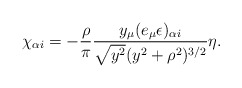
\begin{align*}\chi_{\alpha i} = -\frac{\rho}{\pi}\frac{y_{\mu}(e_{\mu}\epsilon)_{\alpha i}}{\sqrt{y^2}(y^2+\rho^2)^{3/2}} \eta.\end{align*}